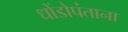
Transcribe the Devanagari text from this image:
धोंडोपंताना